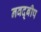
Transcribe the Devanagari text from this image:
नवद्बीप